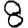
Digit: 8